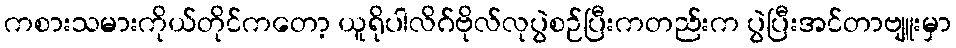
ကစားသမားကိုယ်တိုင်ကတော့ ယူရိုပါလိဂ်ဗိုလ်လုပွဲစဉ်ပြီးကတည်းက ပွဲပြီးအင်တာဗျူးမှာ